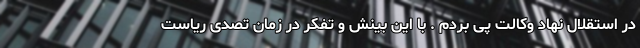
در استقلال نهاد وکالت پی بردم . با این بینش و تفکر در زمان تصدی ریاست